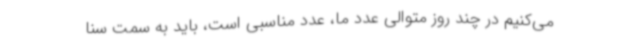
می‌کنیم در چند روز متوالی عدد ما، عدد مناسبی است، باید به سمت سنا